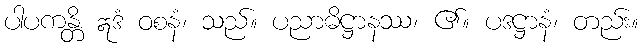
ပါပကန္တိ ဣဒံ ဝစနံ၊ သည်။ ပညာဓိဋ္ဌာနဿ၊ ၏။ ပဒဋ္ဌာနံ၊ တည်း။